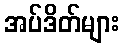
အပ်ဒိတ်များ